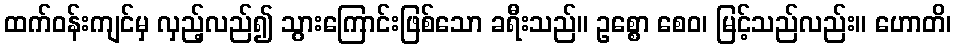
ထက်ဝန်းကျင်မှ လှည့်လည်၍ သွားကြောင်းဖြစ်သော ခရီးသည်။ ဥစ္စော စေဝ၊ မြင့်သည်လည်း။ ဟောတိ၊